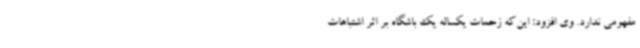
مفهومی ندارد. وی افزود: این‌که زحمات یکساله یک باشگاه بر اثر اشتباهات